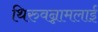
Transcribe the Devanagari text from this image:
थिरुवन्नामलाई